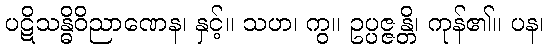
ပဋိသန္ဓိဝိညာဏေန၊ နှင့်။ သဟ၊ ကွ။ ဥပ္ပဇ္ဇန္တိ၊ ကုန်၏။ ပန၊